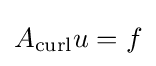
A_{\operatorname {curl} }u=f